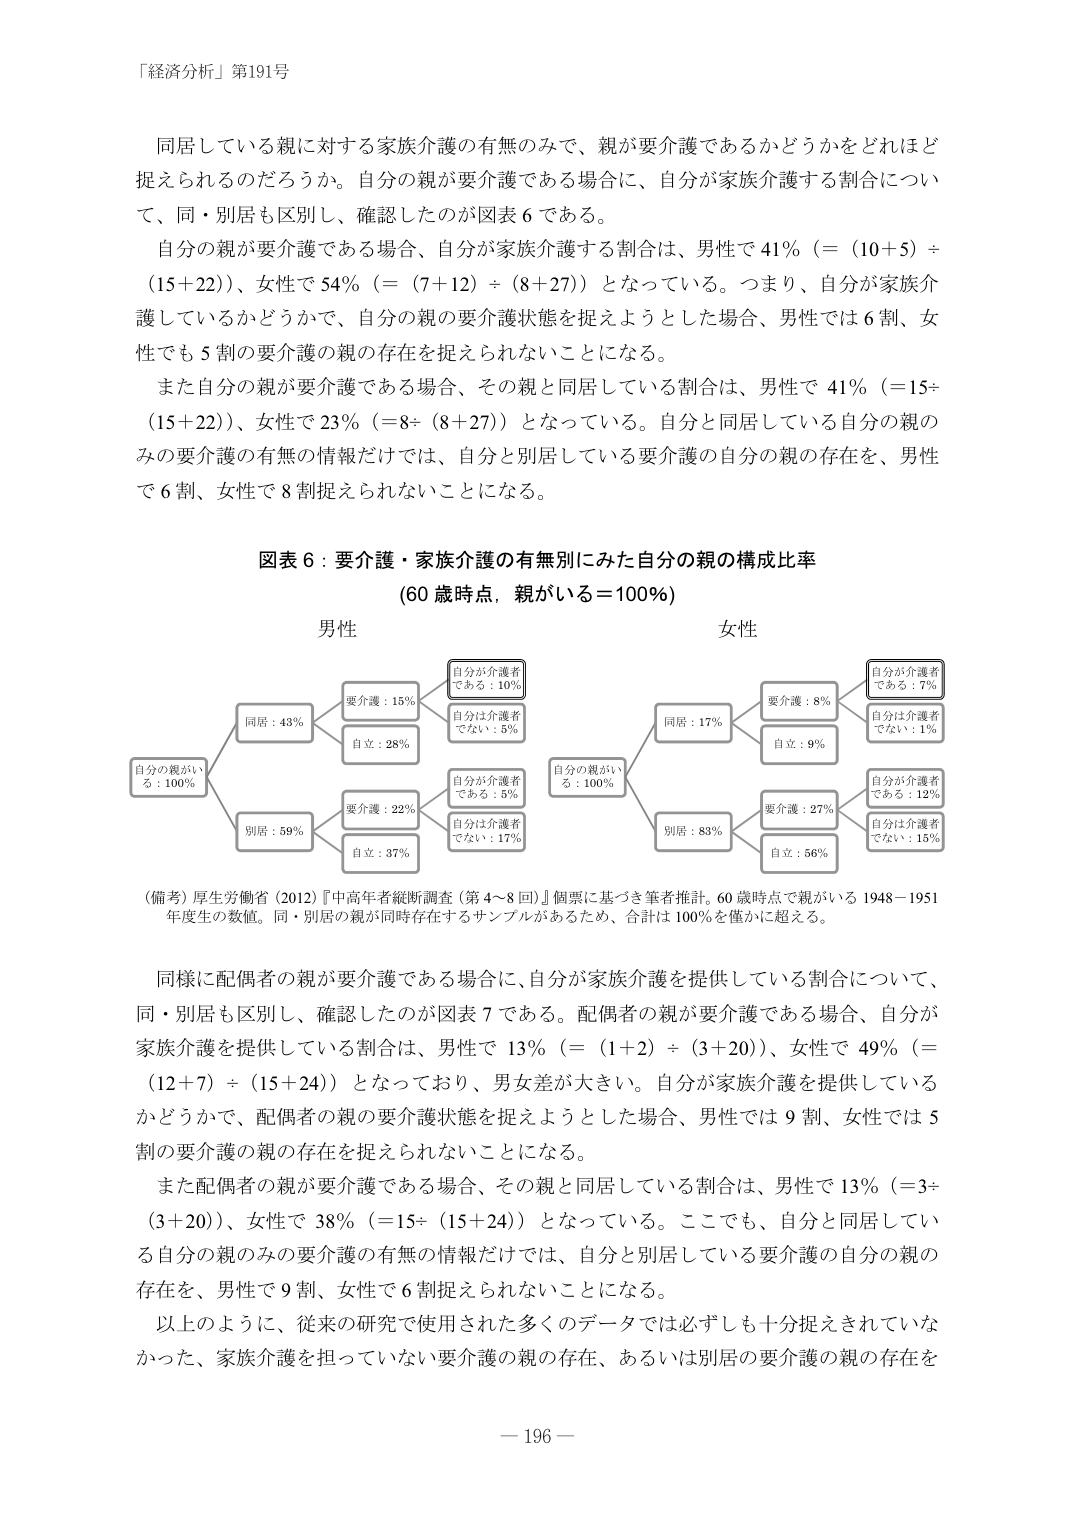
「経済分析」第191号

同居している親に対する家族介護の有無のみで、親が要介護であるかどうかをどれほど捉えられるのだろうか。自分の親が要介護である場合に、自分が家族介護する割合について、同・別居も区別し、確認したのが図表６である。

自分の親が要介護である場合、自分が家族介護する割合は、男性で41％（＝（10＋5）÷（15＋22））、女性で54％（＝（7＋12）÷（8＋27））となっている。つまり、自分が家族介護しているかどうかで、自分の親の要介護状態を捉えようとした場合、男性では6割、女性でも5割の要介護の親の存在を捉えられないことになる。

また自分の親が要介護である場合、その親と同居している割合は、男性で41％（＝15÷（15＋22））、女性で23％（＝8÷（8＋27））となっている。自分と同居している自分の親のみの要介護の有無の情報だけでは、自分と別居している要介護の自分の親の存在を、男性で6割、女性で8割捉えられないことになる。

図表６：要介護・家族介護の有無別にみた自分の親の構成比率
（60歳時点，親がいる＝100％）

男性
自分の親がいる：100％
　　同居：43％
　　　　要介護：15％
　　　　　　自分が介護者である：10％
　　　　　　自分は介護者でない：5％
　　　　自立：28％
　　別居：59％
　　　　要介護：22％
　　　　　　自分が介護者である：5％
　　　　　　自分は介護者でない：17％
　　　　自立：37％

女性
自分の親がいる：100％
　　同居：17％
　　　　要介護：8％
　　　　　　自分が介護者である：7％
　　　　　　自分は介護者でない：1％
　　　　自立：9％
　　別居：83％
　　　　要介護：27％
　　　　　　自分が介護者である：12％
　　　　　　自分は介護者でない：15％
　　　　自立：56％

（備考）厚生労働省（2012）『中高年者縦断調査（第4～8回）』個票に基づき筆者推計。60歳時点で親がいる1948－1951年度生の数値。同・別居の親が同時存在するサンプルがあるため、合計は100％を僅かに超える。

同様に配偶者の親が要介護である場合に、自分が家族介護を提供している割合について、同・別居も区別し、確認したのが図表７である。配偶者の親が要介護である場合、自分が家族介護を提供している割合は、男性で13％（＝（1＋2）÷（3＋20））、女性で49％（＝（12＋7）÷（15＋24））となっており、男女差が大きい。自分が家族介護を提供しているかどうかで、配偶者の親の要介護状態を捉えようとした場合、男性では9割、女性では5割の要介護の親の存在を捉えられないことになる。

また配偶者の親が要介護である場合、その親と同居している割合は、男性で13％（＝3÷（3＋20））、女性で38％（＝15÷（15＋24））となっている。ここでも、自分と同居している自分の親のみの要介護の有無の情報だけでは、自分と別居している要介護の自分の親の存在を、男性で9割、女性で6割捉えられないことになる。

以上のように、従来の研究で使用された多くのデータでは必ずしも十分捉えされていなかった、家族介護を担っていない要介護の親の存在、あるいは別居の要介護の親の存在を

－196－